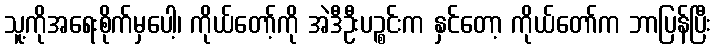
သူ့ကိုအရေးစိုက်မှပေါ့၊ ကိုယ်တော့်ကို အဲဒီဦးပဉ္စင်းက နှင်တော့ ကိုယ်တော်က ဘာပြန်ပြီး